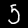
Label: 5